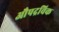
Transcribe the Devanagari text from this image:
औपद्रविक